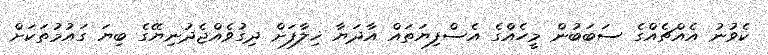
ކެވުނު އެއްޗެއްގެ ސަބަބުން މީހެއްގެ އެސްފިޔަތައް އާދަޔާ ޚިލާފަށް ދިގުވެއްޖެދުނިޔޭގެ ބިޔަ ގައުމުތަކަށް